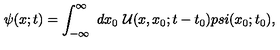
\psi ( x ; t ) = \int _ { - \infty } ^ { \infty } \ d x _ { 0 } \ { \cal U } ( x , x _ { 0 } ; t - t _ { 0 } ) p s i ( x _ { 0 } ; t _ { 0 } ) ,